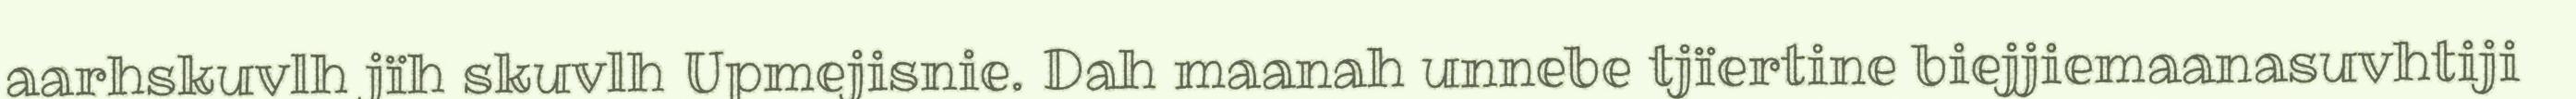
aarhskuvlh jïh skuvlh Upmejisnie. Dah maanah unnebe tjïertine biejjiemaanasuvhtiji